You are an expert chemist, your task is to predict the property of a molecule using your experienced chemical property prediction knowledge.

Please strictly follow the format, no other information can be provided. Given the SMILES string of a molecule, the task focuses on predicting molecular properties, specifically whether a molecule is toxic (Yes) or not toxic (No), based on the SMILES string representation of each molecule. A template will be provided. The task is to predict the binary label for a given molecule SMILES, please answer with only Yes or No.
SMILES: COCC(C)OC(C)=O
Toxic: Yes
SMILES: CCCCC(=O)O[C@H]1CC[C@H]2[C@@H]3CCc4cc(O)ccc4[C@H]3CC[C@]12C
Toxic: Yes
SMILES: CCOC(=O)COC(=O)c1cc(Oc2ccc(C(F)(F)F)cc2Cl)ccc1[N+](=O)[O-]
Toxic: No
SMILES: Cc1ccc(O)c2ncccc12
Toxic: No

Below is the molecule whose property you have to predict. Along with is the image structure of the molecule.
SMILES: CCOS(=O)(=O)[O-].CCn1cc[n+](C)c1
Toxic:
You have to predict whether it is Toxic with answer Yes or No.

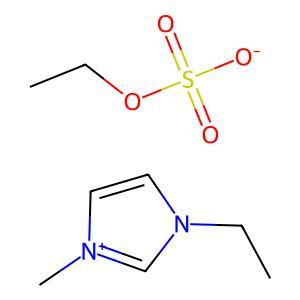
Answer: No